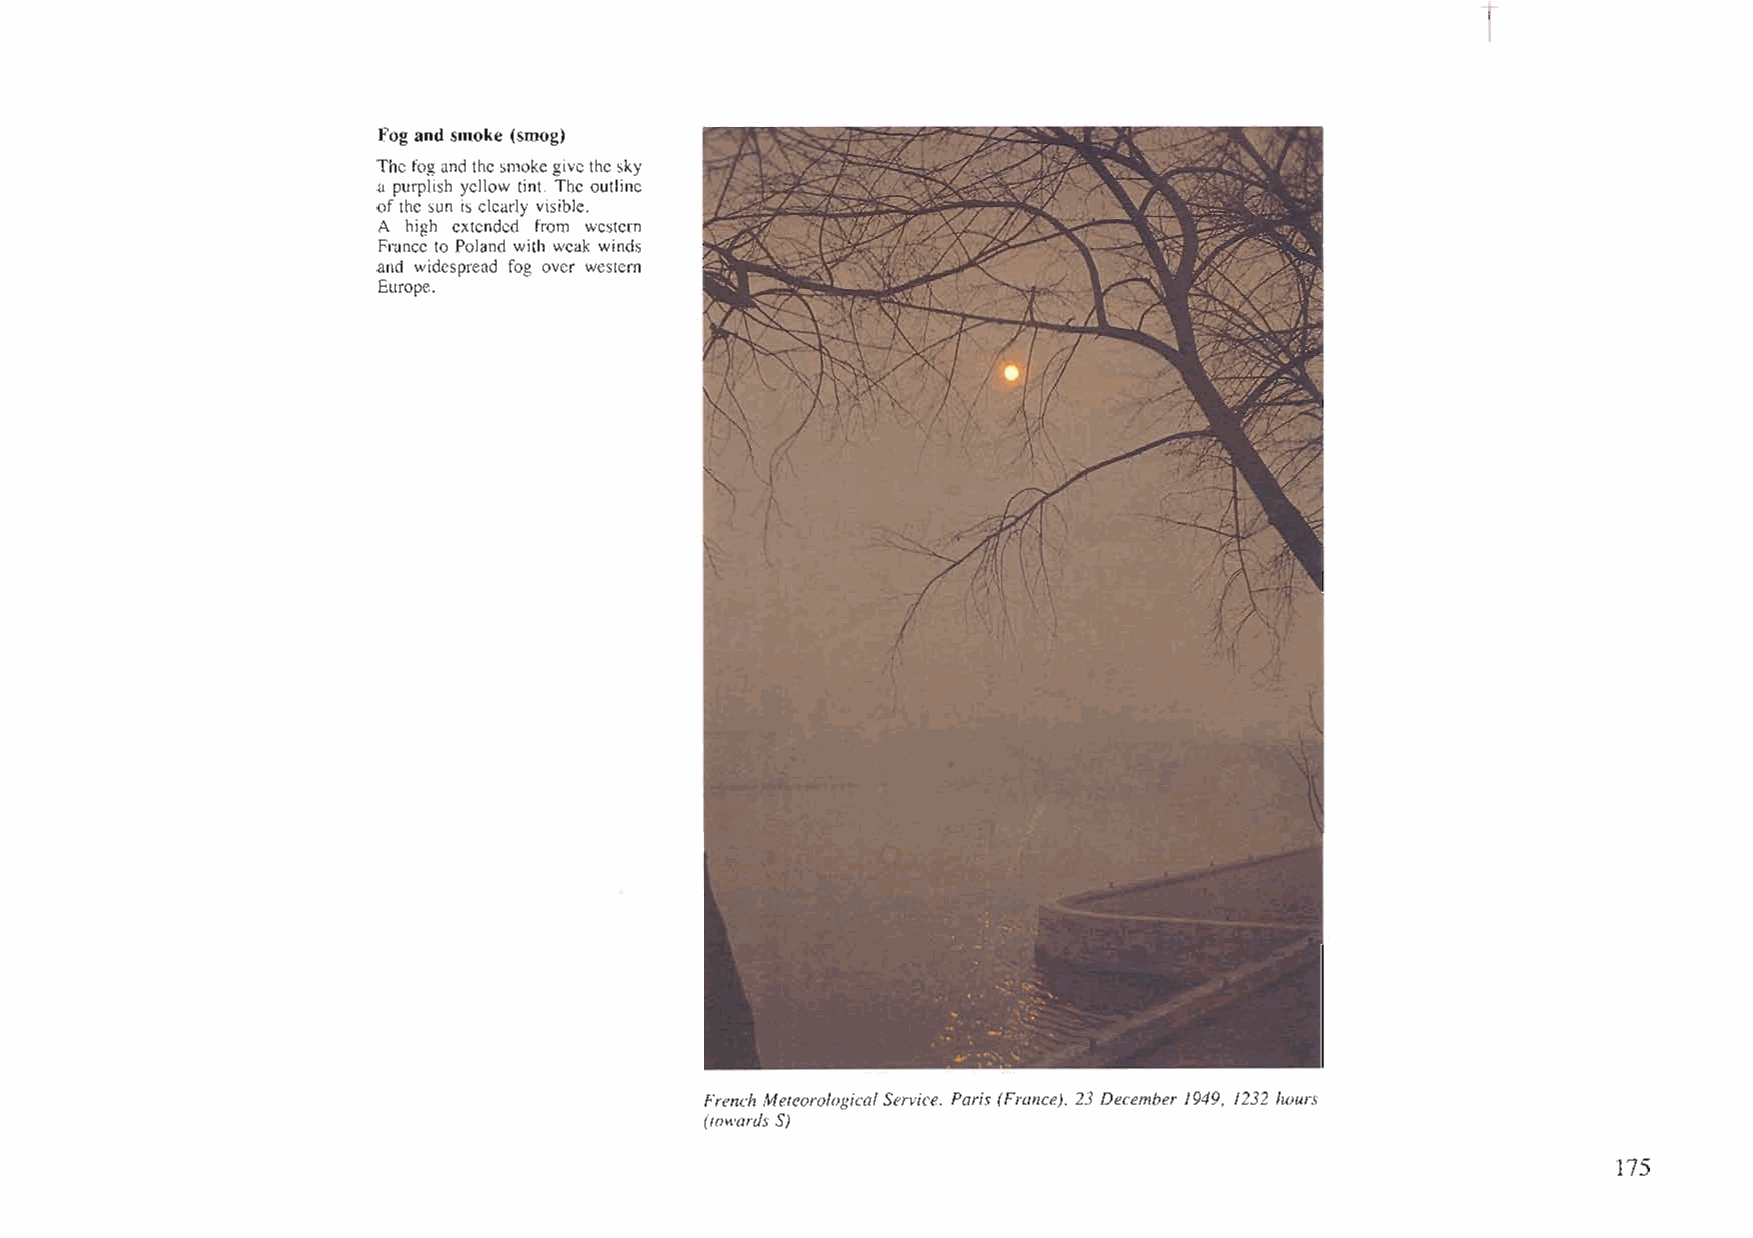
-~                                       ~ -             1     -
 Fog and smoke (smog)
 Thefog andthesmokegivethesky
 a purplish yellow tint. The outline
 of the sun is clearly visible.
 A high extended from western
 France to Poland with weak winds
 and widespread fog over western
 Europe.
 French Meteorological Service, Paris (France), 23 December 1949, 1232 hours
 (towards S)
 175